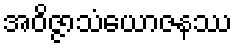
အဝိဇ္ဇာသံယောဇနဿ